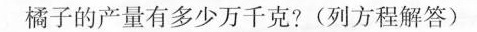
橘子的产量有多少万千克?(列方程解答)